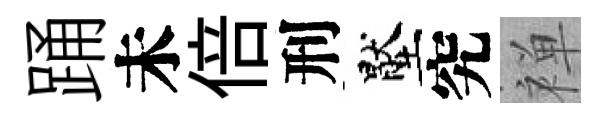
踊未倍刑壓究禅